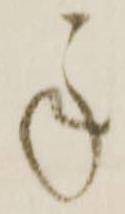
承